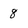
Character: 8